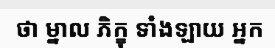
ថា ម្នាល ភិក្ខុ ទាំងឡាយ អ្នក